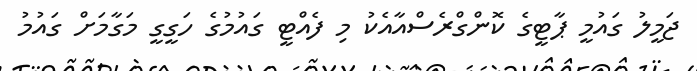
ޖަމީލު ގައުމީ ޕާޓީގެ ކޮންގްރެސްއާއެކު މި ފެއްޓީ ގައުމުގެ ހަގީގީ މަގާމަށް ގައުމު